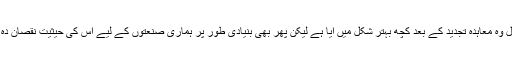
اگرچہ اس سال وہ معاہدہ تجدید کے بعد کچھ بہتر شکل میں آیا ہے لیکن پھر بھی بنیادی طور پر ہماری صنعتوں کے لیے اس کی حیثیت نقصان دہ ہی رہے گی۔